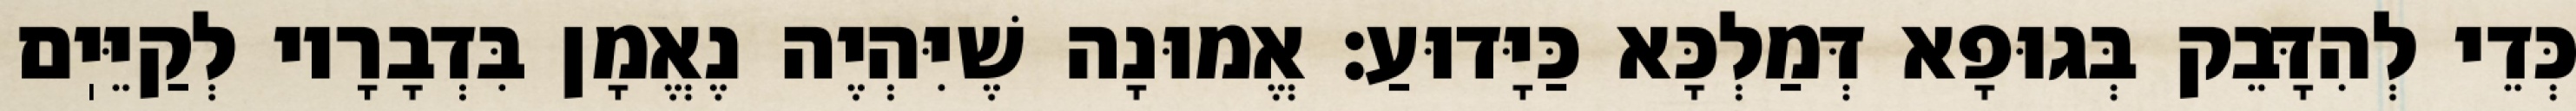
כְּדֵי לְהִדָּבֵק בְּגוּפָא דְּמַלְכָּא כַּיָּדוּעַ: אֱמוּנָה שֶׁיִּהְיֶה נֶאֱמָן בִּדְבָרָיו לְקַיֵּיֽם